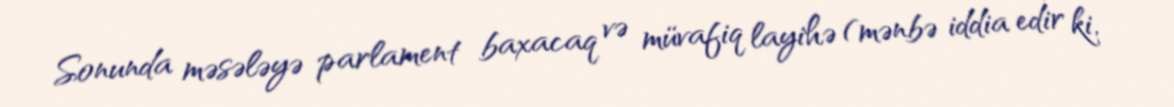
Sonunda məsələyə parlament baxacaq və müvafiq layihə (mənbə iddia edir ki,